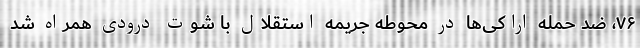
۷۶، ضد حمله اراکی‌ها در محوطه جریمه استقلال با شوت درودی همراه شد